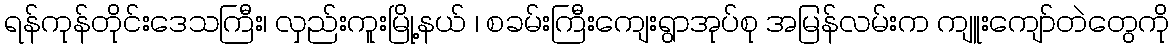
ရန်ကုန်တိုင်းဒေသကြီး၊ လှည်းကူးမြို့နယ် ၊ စခမ်းကြီးကျေးရွာအုပ်စု အမြန်လမ်းက ကျူးကျော်တဲတွေကို